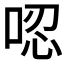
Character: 𠴍